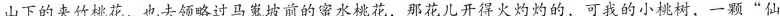
山下的夹竹桃花，也去领略过马嵬坡前的蜜水桃花，那花儿开得火灼灼的，可我的小桃树，一颗”仙